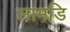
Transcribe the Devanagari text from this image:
लामडि